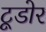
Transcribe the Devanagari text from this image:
टूडोर